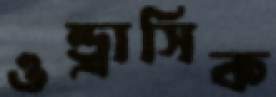
ওন্ড্রাসিক